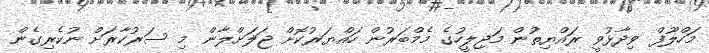
މަހްލޫފް ވިދާޅުވީ ރައްޔިތުން މަޖިލީހުގެ މެމްބަރުން ހައްޔަރުކޮށް ޖަލަށްލާން މި ސަރުކާރަށް ނުކެރިގެން